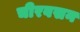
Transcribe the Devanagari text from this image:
चीरवसन